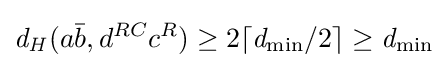
{\mathit {d_{H}}}(a{\bar {b}},d^{RC}c^{R})\geq 2\lceil {\mathit {d_{\min }}}/2\rceil \geq {\mathit {d_{\min }}}